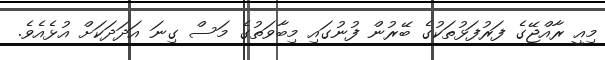
މިއީ ރާއްޖޭގެ ފަރުފަޅުތަކުގެ ބޭރުން ފުނުގައި މިބާވަތުގެ މަސް ގިނަ އަދަދަކަށް އުޅެއެވެ.